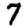
Digit: 7